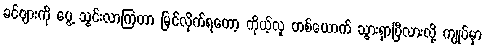
ခင်ဗျားကို ပွေ့ သွင်းလာကြတာ မြင်လိုက်ရတော့ ကိုယ့်လူ တစ်ယောက် သွားရှာပြီလားလို့ ကျုပ်မှာ